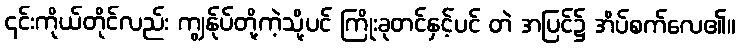
၄င်းကိုယ်တိုင်လည်း ကျွန်ုပ်တို့ကဲ့သို့ပင် ကြိုးခုတင်နှင့်ပင် တဲ အပြင်၌ အိပ်စက်လေ၏။